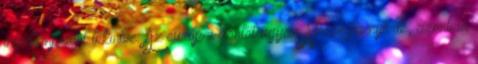
ingatlanpiacot tekintve. Az európai döntőt ugyan Norvégia nyerte, azonban